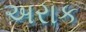
અરાક